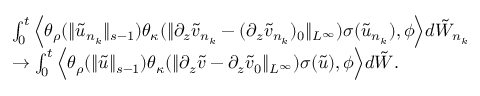
\begin{array} { r l } & { \int _ { 0 } ^ { t } \Big \langle \theta _ { \rho } ( \| \tilde { u } _ { n _ { k } } \| _ { s - 1 } ) \theta _ { \kappa } ( \| \partial _ { z } \tilde { v } _ { n _ { k } } - ( \partial _ { z } \tilde { v } _ { n _ { k } } ) _ { 0 } \| _ { L ^ { \infty } } ) \sigma ( \tilde { u } _ { n _ { k } } ) , \phi \Big \rangle d \tilde { W } _ { n _ { k } } } \\ & { \rightarrow \int _ { 0 } ^ { t } \Big \langle \theta _ { \rho } ( \| \tilde { u } \| _ { s - 1 } ) \theta _ { \kappa } ( \| \partial _ { z } \tilde { v } - \partial _ { z } \tilde { v } _ { 0 } \| _ { L ^ { \infty } } ) \sigma ( \tilde { u } ) , \phi \Big \rangle d \tilde { W } . } \end{array}